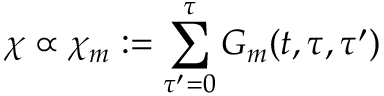
\chi \propto \chi _ { m } : = \sum _ { \tau ^ { \prime } = 0 } ^ { \tau } G _ { m } ( t , \tau , \tau ^ { \prime } )